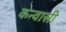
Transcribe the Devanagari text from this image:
कन्वासी